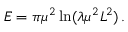
E = \pi \mu ^ { 2 } \ln ( \lambda \mu ^ { 2 } L ^ { 2 } ) \, .